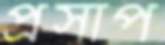
প্রসাপ